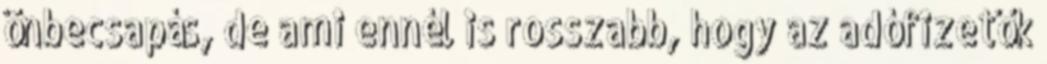
önbecsapás, de ami ennél is rosszabb, hogy az adófizetők